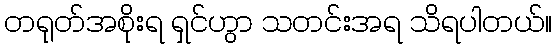
တရုတ်အစိုးရ ရှင်ဟွာ သတင်းအရ သိရပါတယ်။